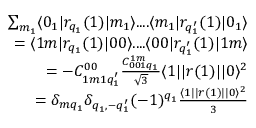
\begin{array} { r } { \sum _ { m _ { 1 } } \langle 0 _ { 1 } | r _ { q _ { 1 } } ( 1 ) | m _ { 1 } \rangle . . . . \langle m _ { 1 } | r _ { q _ { 1 } ^ { \prime } } ( 1 ) | 0 _ { 1 } \rangle } \\ { = \langle 1 m | r _ { q _ { 1 } } ( 1 ) | 0 0 \rangle . . . . \langle 0 0 | r _ { q _ { 1 } ^ { \prime } } ( 1 ) | 1 m \rangle } \\ { = - C _ { 1 m 1 q _ { 1 } ^ { \prime } } ^ { 0 0 } \frac { C _ { 0 0 1 q _ { 1 } } ^ { 1 m } } { \sqrt { 3 } } \langle 1 | | r ( 1 ) | | 0 \rangle ^ { 2 } } \\ { = \delta _ { m q _ { 1 } } \delta _ { q _ { 1 } , - q _ { 1 } ^ { \prime } } ( - 1 ) ^ { q _ { 1 } } \frac { \langle 1 | | r ( 1 ) | | 0 \rangle ^ { 2 } } { 3 } } \end{array}